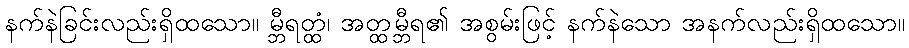
နက်နဲခြင်းလည်းရှိထသော။ မ္ဘီရတ္ထံ၊ အတ္ထမ္ဘီရ၏ အစွမ်းဖြင့် နက်နဲသော အနက်လည်းရှိထသော။